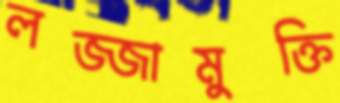
লজ্জামুক্তি